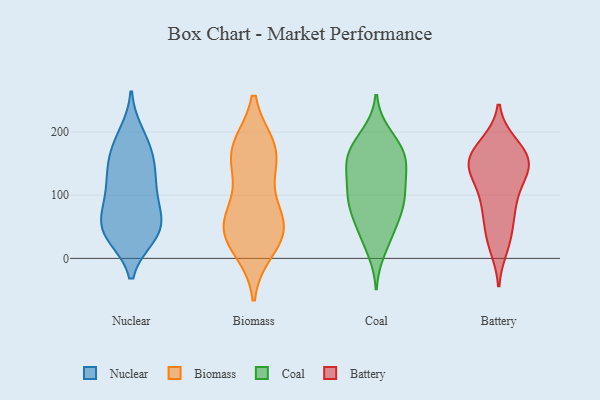
{"axis": {"x": "Bounce Rate (%)", "y": "Value"}, "legend": ["Battery", "Biomass", "Coal", "Nuclear"], "data": [{"x": "", "y": 184, "type": "Nuclear"}, {"x": "", "y": 51, "type": "Nuclear"}, {"x": "", "y": 38, "type": "Nuclear"}, {"x": "", "y": 83, "type": "Nuclear"}, {"x": "", "y": 145, "type": "Nuclear"}, {"x": "", "y": 134, "type": "Nuclear"}, {"x": "", "y": 148, "type": "Nuclear"}, {"x": "", "y": 171, "type": "Nuclear"}, {"x": "", "y": 82, "type": "Nuclear"}, {"x": "", "y": 54, "type": "Nuclear"}, {"x": "", "y": 39, "type": "Nuclear"}, {"x": "", "y": 44, "type": "Nuclear"}, {"x": "", "y": 36, "type": "Nuclear"}, {"x": "", "y": 113, "type": "Nuclear"}, {"x": "", "y": 103, "type": "Nuclear"}, {"x": "", "y": 196, "type": "Nuclear"}, {"x": "", "y": 53, "type": "Biomass"}, {"x": "", "y": 165, "type": "Biomass"}, {"x": "", "y": 165, "type": "Biomass"}, {"x": "", "y": 59, "type": "Biomass"}, {"x": "", "y": 175, "type": "Biomass"}, {"x": "", "y": 45, "type": "Biomass"}, {"x": "", "y": 111, "type": "Biomass"}, {"x": "", "y": 172, "type": "Biomass"}, {"x": "", "y": 34, "type": "Biomass"}, {"x": "", "y": 16, "type": "Biomass"}, {"x": "", "y": 54, "type": "Biomass"}, {"x": "", "y": 85, "type": "Coal"}, {"x": "", "y": 128, "type": "Coal"}, {"x": "", "y": 187, "type": "Coal"}, {"x": "", "y": 108, "type": "Coal"}, {"x": "", "y": 59, "type": "Coal"}, {"x": "", "y": 110, "type": "Coal"}, {"x": "", "y": 196, "type": "Coal"}, {"x": "", "y": 83, "type": "Coal"}, {"x": "", "y": 93, "type": "Coal"}, {"x": "", "y": 150, "type": "Coal"}, {"x": "", "y": 172, "type": "Coal"}, {"x": "", "y": 160, "type": "Coal"}, {"x": "", "y": 14, "type": "Coal"}, {"x": "", "y": 34, "type": "Coal"}, {"x": "", "y": 47, "type": "Coal"}, {"x": "", "y": 86, "type": "Coal"}, {"x": "", "y": 145, "type": "Coal"}, {"x": "", "y": 153, "type": "Coal"}, {"x": "", "y": 167, "type": "Coal"}, {"x": "", "y": 40, "type": "Battery"}, {"x": "", "y": 141, "type": "Battery"}, {"x": "", "y": 160, "type": "Battery"}, {"x": "", "y": 146, "type": "Battery"}, {"x": "", "y": 17, "type": "Battery"}, {"x": "", "y": 178, "type": "Battery"}, {"x": "", "y": 79, "type": "Battery"}, {"x": "", "y": 182, "type": "Battery"}, {"x": "", "y": 80, "type": "Battery"}, {"x": "", "y": 153, "type": "Battery"}, {"x": "", "y": 90, "type": "Battery"}, {"x": "", "y": 154, "type": "Battery"}, {"x": "", "y": 138, "type": "Battery"}, {"x": "", "y": 55, "type": "Battery"}, {"x": "", "y": 179, "type": "Battery"}, {"x": "", "y": 104, "type": "Battery"}, {"x": "", "y": 127, "type": "Battery"}, {"x": "", "y": 23, "type": "Battery"}, {"x": "", "y": 157, "type": "Battery"}, {"x": "", "y": 138, "type": "Battery"}]}